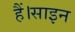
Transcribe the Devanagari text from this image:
हैं।साइन